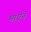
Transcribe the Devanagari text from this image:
माएने